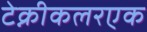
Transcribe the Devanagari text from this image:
टेक्नीकलरएक